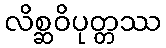
လိစ္ဆဝိပုတ္တဿ